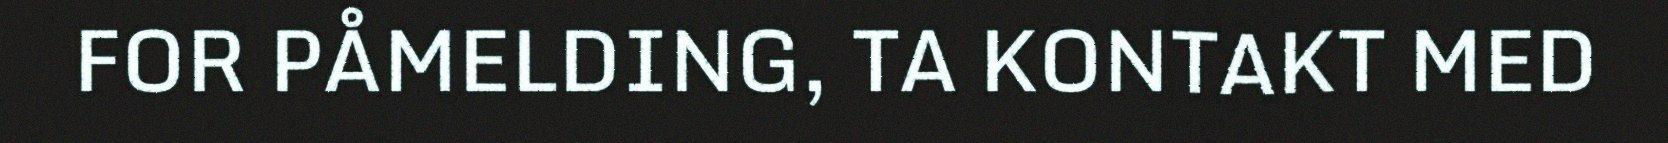
FOR PÅMELDING, TA KONTAKT MED